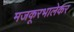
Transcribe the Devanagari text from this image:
मजकूरभालेकर